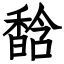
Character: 馠